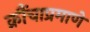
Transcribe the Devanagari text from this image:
क्रौंचाप्रमाणे